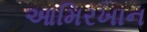
આમિરખાન